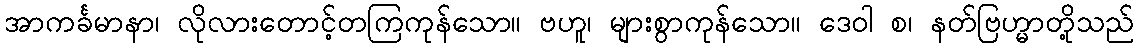
အာကင်္ခမာနာ၊ လိုလားတောင့်တကြကုန်သော။ ဗဟူ၊ များစွာကုန်သော။ ဒေဝါ စ၊ နတ်ဗြဟ္မာတို့သည်